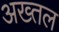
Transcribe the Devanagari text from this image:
अख्तल